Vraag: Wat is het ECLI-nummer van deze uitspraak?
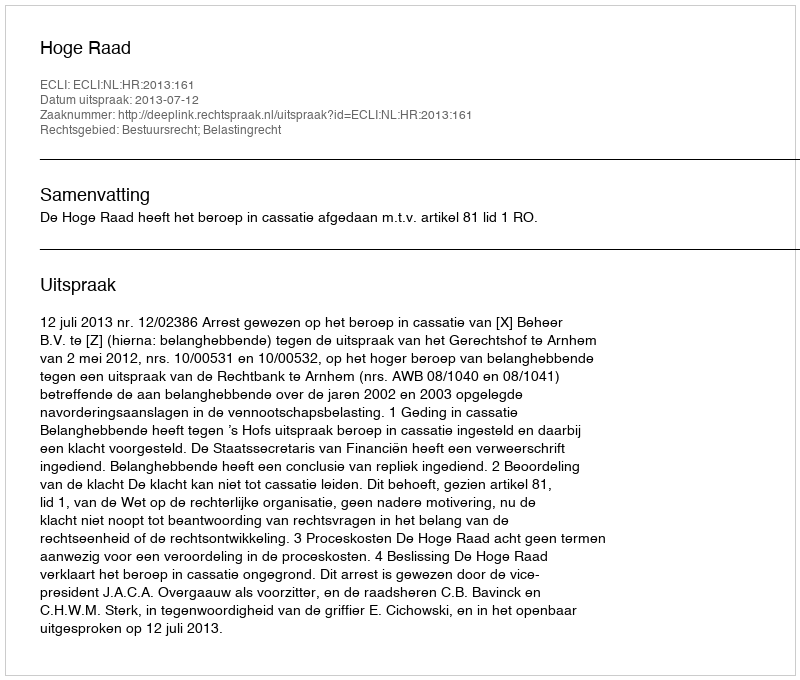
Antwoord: ECLI:NL:HR:2013:161